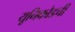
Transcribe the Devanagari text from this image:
यूनिकोडची